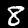
Digit: 8